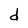
Character: d